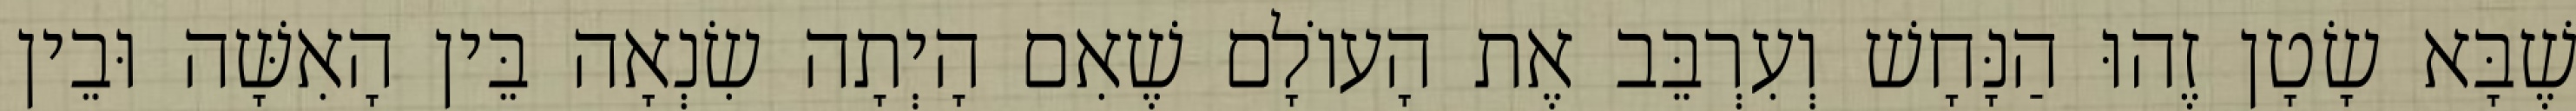
שֶׁבָּא שָׂטָן זֶהוּ הַנָּחָשׁ וְעִרְבֵּב אֶת הָעוֹלָם שֶׁאִם הָיְתָה שִׂנְאָה בֵּין הָאִשָּׁה וּבֵין